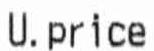
U.PRICE